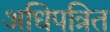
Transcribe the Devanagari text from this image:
अधिपत्रित